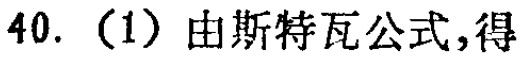
40. （1）由斯特瓦公式，得